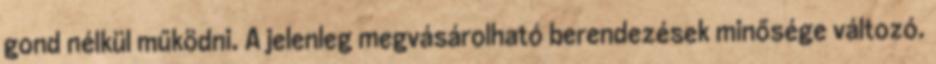
gond nélkül működni. A jelenleg megvásárolható berendezések minősége változó.